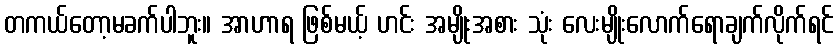
တကယ်တော့မခက်ပါဘူး။ အာဟာရ ဖြစ်မယ့် ဟင်း အမျိုးအစား သုံး လေးမျိုးလောက်ရောချက်လိုက်ရင်